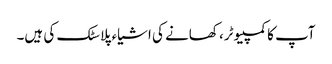
آپ کا کمپیوٹر، کھانے کی اشیاء پلاسٹک کی ہیں۔